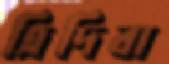
ত্রিদিবা